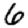
Digit: 6